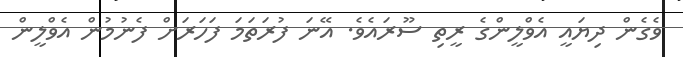
ވެގެން ދިޔައީ އެވްލީންގެ ރީތި ސޫރައެވެ. އޭނަ ފުރަތަމަ ފަހަރަށް ފެނުމުން އެވްލީން